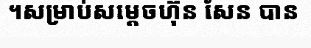
។សម្រាប់សម្តេចហ៊ុន សែន បាន